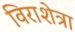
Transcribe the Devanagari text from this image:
विराशेत्रा